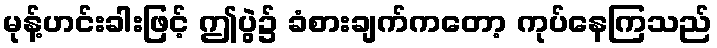
မုန့်ဟင်းခါးဖြင့် ဤပွဲ၌ ခံစားချက်ကတော့ ကုပ်နေကြသည်